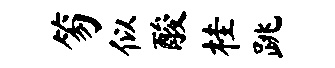
笏似酸桂跳